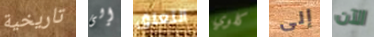
تاريخية إلى التعلق كلوي إلى الآن